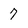
Character: 7